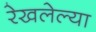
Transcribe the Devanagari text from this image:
रेखलेल्या